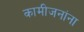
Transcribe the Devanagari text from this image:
कामीजनांना